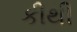
કીથી